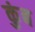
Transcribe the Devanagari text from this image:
कुंब